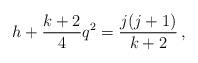
LaTeX: \begin{align*}h + \frac{k+2}{4} q^2 = \frac{j(j+1)}{k+2} \,,\end{align*}